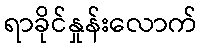
ရာခိုင်နှုန်းလောက်